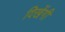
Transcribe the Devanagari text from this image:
दिखेंगी